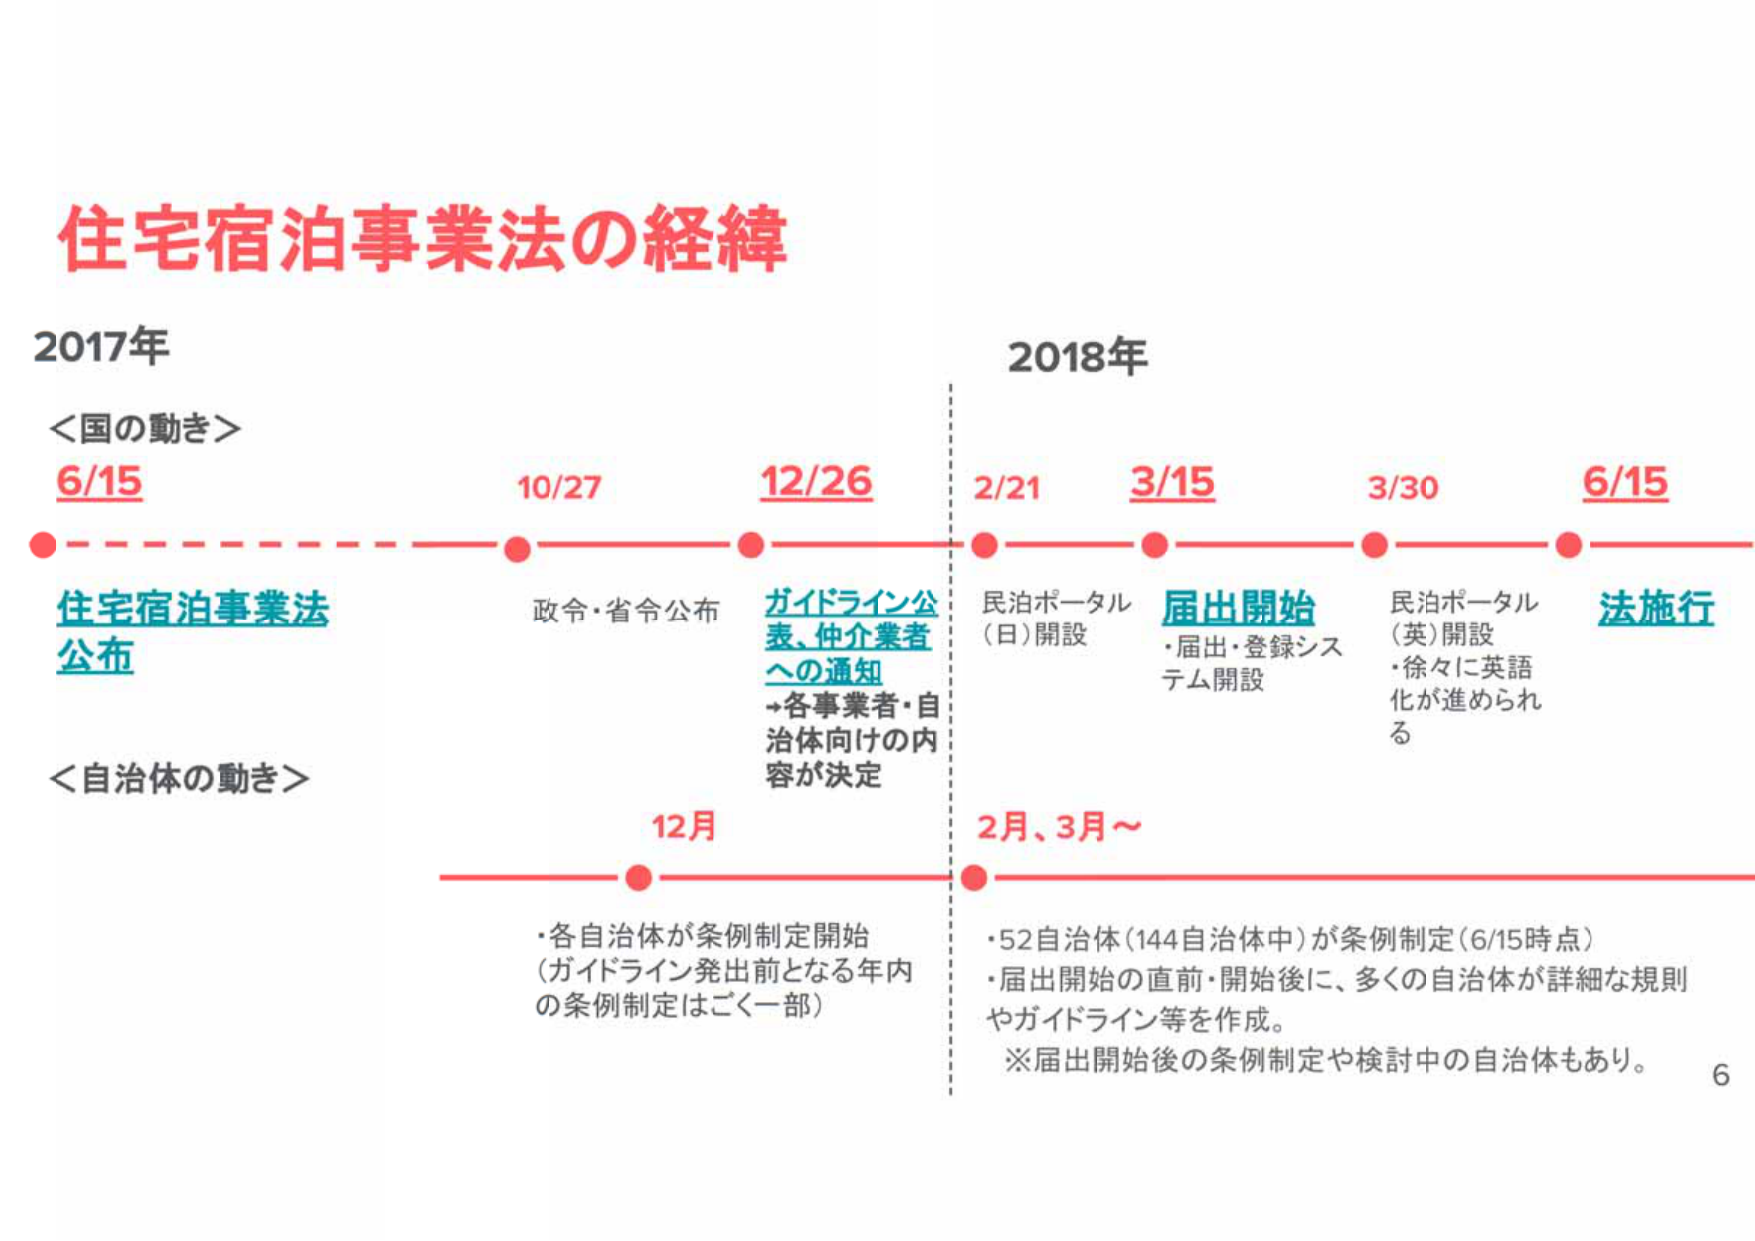
住宅宿泊事業法の経緯

2017年
＜国の動き＞
6/15
住宅宿泊事業法
公布
10/27
政令・省令公布
12/26
ガイドライン公
表、仲介業者
への通知
→各事業者・自
治体向けの内
容が決定

＜自治体の動き＞
12月
・各自治体が条例制定開始
（ガイドライン発出前となる年内
の条例制定はごく一部）

2018年
2/21
民泊ポータル
（日）開設
3/15
届出開始
・届出・登録シス
テム開設
3/30
民泊ポータル
（英）開設
・徐々に英語
化が進められ
る
6/15
法施行

2月、3月～
・52自治体（144自治体中）が条例制定（6/15時点）
・届出開始の直前・開始後に、多くの自治体が詳細な規則
やガイドライン等を作成。
※届出開始後の条例制定や検討中の自治体もあり。

6